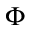
\Phi